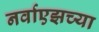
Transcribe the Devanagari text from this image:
नर्वाएझच्या